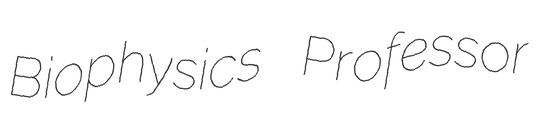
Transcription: Biophysics Professor